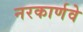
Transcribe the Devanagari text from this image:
नरकार्णवे